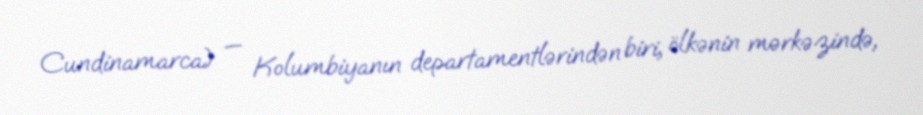
Cundinamarca) — Kolumbiyanın departamentlərindən biri, ölkənin mərkəzində,